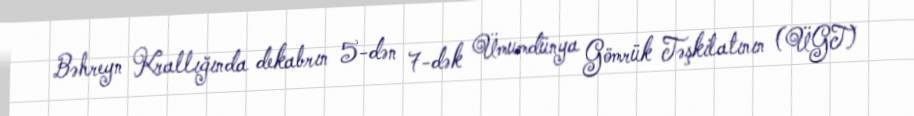
Bəhreyn Krallığında dekabrın 5-dən 7-dək Ümumdünya Gömrük Təşkilatının (ÜGT)